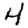
Digit: 4